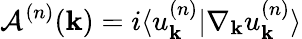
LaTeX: \mathcal{A}^{(n)}(\mathbf{k})=i\langle u_{\mathbf{k}}^{(n)}|\nabla_{\mathbf{k}}u_{\mathbf{k}}^{(n)}\rangle